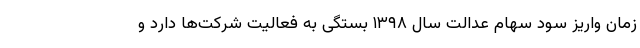
زمان واریز سود سهام عدالت سال ۱۳۹۸ بستگی به فعالیت شرکت‌ها دارد و